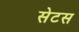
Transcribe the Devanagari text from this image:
सेटस